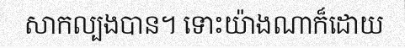
សាកល្បងបាន។ ទោះយ៉ាងណាក៏ដោយ